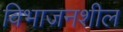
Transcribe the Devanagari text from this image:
विभाजनशील